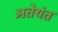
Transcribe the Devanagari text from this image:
अतेयंत